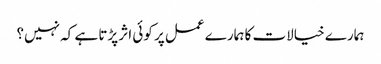
ہمارے خیالات کا ہمارے عمل پر کوئی اثر پڑتا ہے کہ نہیں؟